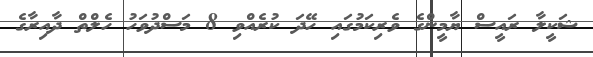
ޝަކީލާ ރައީސް ޔާމީންގެ ވެރިކަމުގައި ހޭދަ ކުރެއްވި 8 މަސްދުވަހު ހެލްތް ދާއިރާގެ